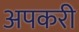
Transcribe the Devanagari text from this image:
अपकरी